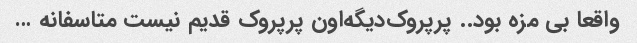
واقعا بی مزه بود.. پرپروک‌دیگه‌اون پرپروک قدیم نیست متاسفانه …